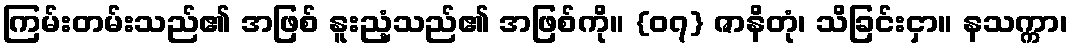
ကြမ်းတမ်းသည်၏ အဖြစ် နူးညံ့သည်၏ အဖြစ်ကို။ {၀၇} ဇာနိတုံ၊ သိခြင်းငှာ။ နသက္ကာ၊